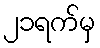
၂၁ရက်မှ